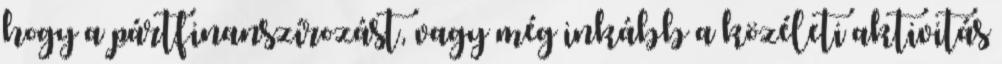
hogy a pártfinanszírozást, vagy még inkább a közéleti aktivitás